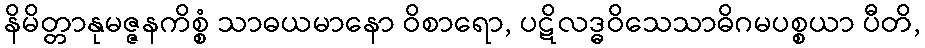
နိမိတ္တာနုမဇ္ဇနကိစ္စံ သာဓယမာနော ဝိစာရော, ပဋိလဒ္ဓဝိသေသာဓိဂမပစ္စယာ ပီတိ,